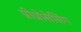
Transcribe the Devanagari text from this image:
प्रीप्रोसेसिंग